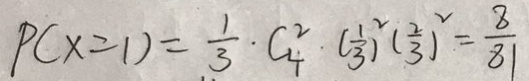
P ( x = 1 ) = \frac { 1 } { 3 } \cdot C _ { 4 } ^ { 2 } \cdot ( \frac { 1 } { 3 } ) ^ { 2 } ( \frac { 2 } { 3 } ) ^ { 2 } = \frac { 8 } { 8 1 }